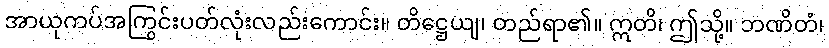
အာယုကပ်အကြွင်းပတ်လုံးလည်းကောင်း။ တိဋ္ဌေယျ၊ တည်ရာ၏။ ဣတိ၊ ဤသို့။ ဘဏိတံ၊